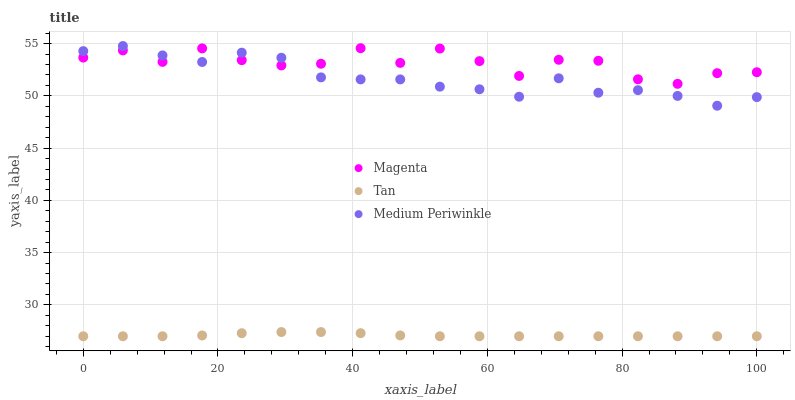
| xaxis_label | Magenta | Tan | Medium Periwinkle |
 | --- | --- | --- | --- |
 | 0 | 53.7 | 27 | 54.3 |
 | 5.88 | 54.4 | 27 | 54.8 |
 | 11.8 | 53.3 | 27 | 53.9 |
 | 17.6 | 54.5 | 27.1 | 53.2 |
 | 23.5 | 53.4 | 27.3 | 54.1 |
 | 29.4 | 52.9 | 27.4 | 53.6 |
 | 35.3 | 53.1 | 27.4 | 51.8 |
 | 41.2 | 54.6 | 27.3 | 51.6 |
 | 47.1 | 53.2 | 27.1 | 51.6 |
 | 52.9 | 54.5 | 27 | 50.9 |
 | 58.8 | 53.3 | 27 | 50.6 |
 | 64.7 | 51.9 | 27 | 49.9 |
 | 70.6 | 53.5 | 27 | 51.7 |
 | 76.5 | 53.4 | 27 | 50.3 |
 | 82.4 | 51.6 | 27 | 50.5 |
 | 88.2 | 51.2 | 27 | 50 |
 | 94.1 | 52.2 | 27 | 49.1 |
 | 100 | 52.3 | 27 | 49.9 |